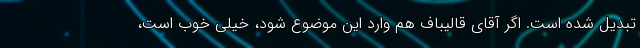
تبديل شده است. اگر آقاي قاليباف هم وارد اين موضوع شود، خيلي خوب است،